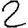
Digit: 2